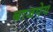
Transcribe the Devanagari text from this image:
बाजपेय